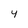
Character: 4